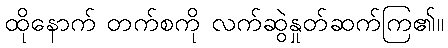
ထိုနောက် တက်စကို လက်ဆွဲနှုတ်ဆက်ကြ၏။